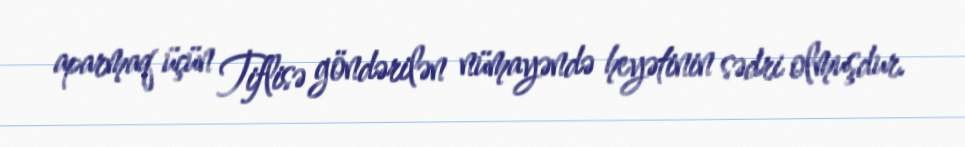
aparmaq üçün Tiflisə göndərilən nümayəndə heyətinin sədri olmuşdur.